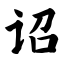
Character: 诏